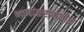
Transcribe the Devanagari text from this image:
भाषांतरामधील